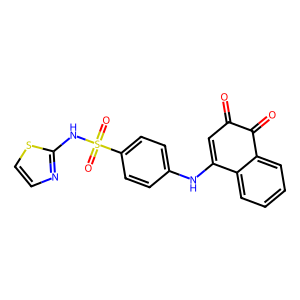
SMILES: O=C1C=C(Nc2ccc(S(=O)(=O)Nc3nccs3)cc2)c2ccccc2C1=O
Inhibits HIV replication: No